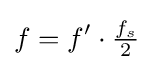
f=f'\cdot {\tfrac {f_{s}}{2}}